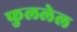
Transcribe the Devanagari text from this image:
फुललेल